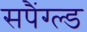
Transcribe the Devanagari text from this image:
सपैंग्ल्ड